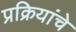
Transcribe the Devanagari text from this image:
प्रक्रियांचे